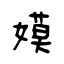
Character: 嫫